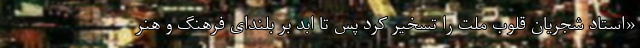
«استاد شجریان قلوب ملت را تسخیر کرد پس تا ابد بر بلندای فرهنگ و هنر